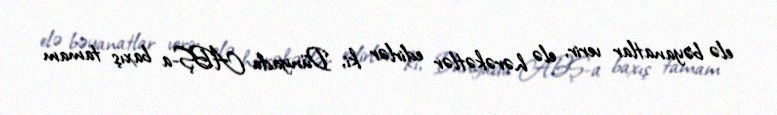
elə bəyanatlar verir, elə hərəkətlər edirlər ki, Dünyada ABŞ-a baxış tamam